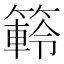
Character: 䉖